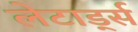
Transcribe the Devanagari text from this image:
लेटार्ड्स